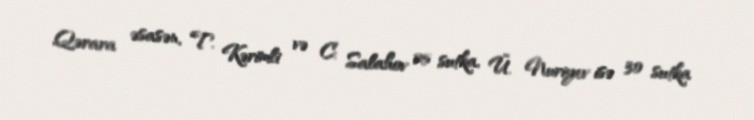
Qərara əsasən, T. Kərimli və C. Salahov 25 sutka, Ü. Nuriyev isə 30 sutka